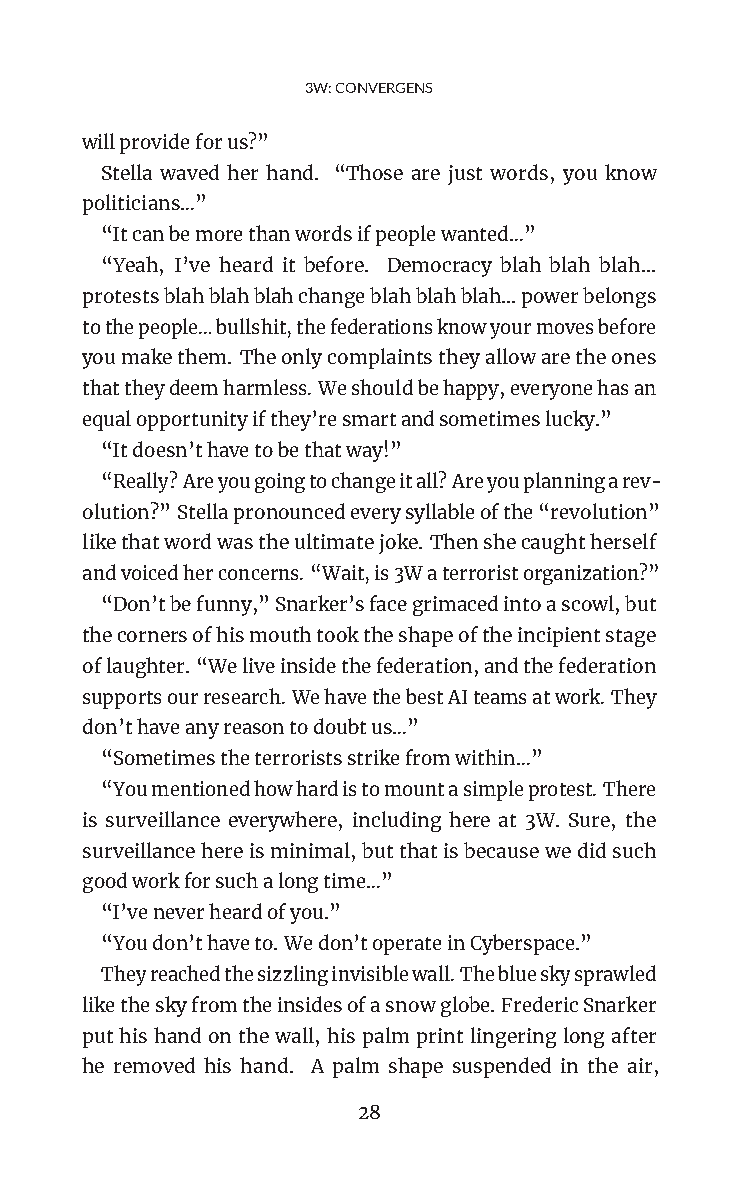
3W:CONVERGENS
 willprovideforus?”
 Stella waved her hand. “Those are just words, you know
 politicians…”
 “Itcanbemorethanwordsifpeoplewanted…”
 “Yeah, I’ve heard it before. Democracy blah blah blah…
 protestsblahblahblahchangeblahblahblah…powerbelongs
 tothepeople…bullshit,thefederationsknowyourmovesbefore
 youmakethem. Theonlycomplaintstheyallowaretheones
 thattheydeemharmless.Weshouldbehappy,everyonehasan
 equalopportunityifthey’resmartandsometimeslucky.”
 “Itdoesn’thavetobethatway!”
 “Really?Areyougoingtochangeitall?Areyouplanningarev-
 olution?”Stellapronouncedeverysyllableofthe“revolution”
 likethatwordwastheultimatejoke. Thenshecaughtherself
 andvoicedherconcerns.“Wait,is3Waterroristorganization?”
 “Don’tbefunny,”Snarker’sfacegrimacedintoascowl,but
 thecornersofhismouthtooktheshapeoftheincipientstage
 oflaughter.“Weliveinsidethefederation,andthefederation
 supportsourresearch.WehavethebestAIteamsatwork.They
 don’thaveanyreasontodoubtus…”
 “Sometimestheterroristsstrikefromwithin…”
 “Youmentionedhowhardistomountasimpleprotest.There
 is surveillance everywhere, including here at 3W. Sure, the
 surveillancehereisminimal,butthatisbecausewedidsuch
 goodworkforsuchalongtime…”
 “I’veneverheardofyou.”
 “Youdon’thaveto.Wedon’toperateinCyberspace.”
 Theyreachedthesizzlinginvisiblewall.Theblueskysprawled
 liketheskyfromtheinsidesofasnowglobe.FredericSnarker
 puthishandonthewall, hispalmprintlingeringlongafter
 he removed his hand. A palm shape suspended in the air,
 28